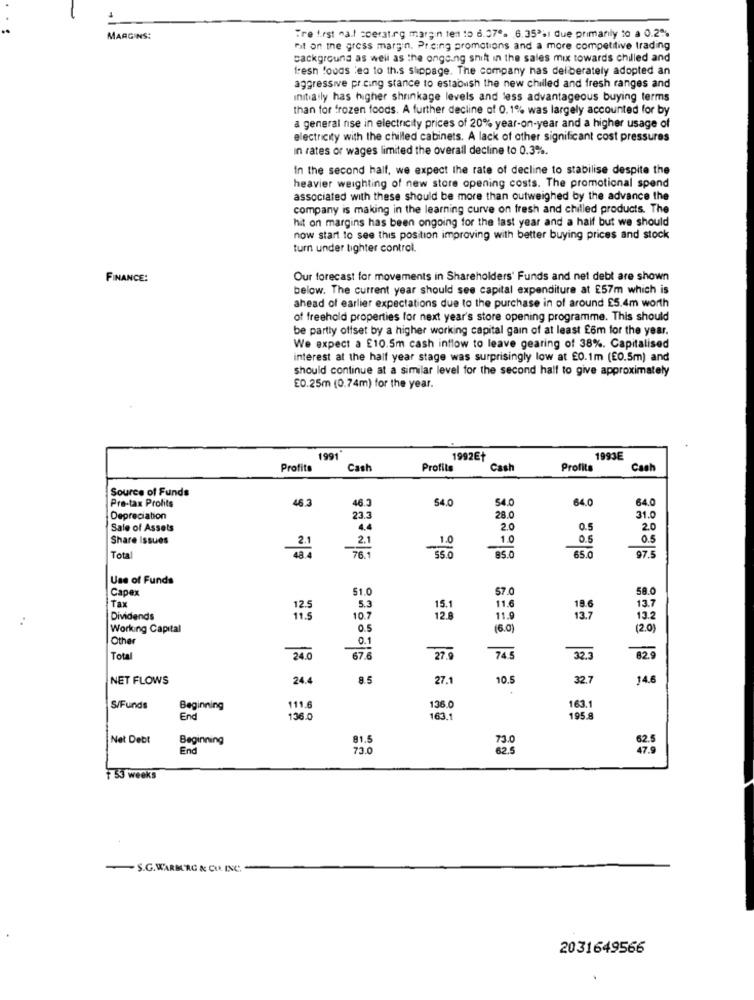
MARGINS:
Tre first nail coeraturg margin ten to 6.07". 6.35%i due primarily to a 0.2%
mit on the gross margin, Pricing promotions and a more competitive trading
Background as well as the ongoing shift in the sales mix towards chilled and
fresh foods leo to th.s slippage. The company has deliberately adopted an
aggressive pr.cing stance to establish the new chilled and fresh ranges and
initially has higher shrinkage levels and less advantageous buying terms
than for frozen foods. A further decline of 0.1% was largely accounted for by
a general rise in electricity prices of 20% year-on-year and a higher usage of
electricity with the chilled cabinets. A lack of other significant cost pressures
in rates or wages limited the overall decline to 0.3%.
In the second half, we expect the rate of decline to stabilise despite the
heavier weighting of new store opening costs. The promotional spend
associated with these should be more than outweighed by the advance the
company is making in the learning curve on fresh and chilled products. The
hit on margins has been ongoing for the last year and a half but we should
now start to see this position improving with better buying prices and stock
turn under tighter control.
FINANCE:
Our forecast for movements in Shareholders' Funds and net debt are shown
below. The current year should see capital expenditure at £57m which is
ahead of earlier expectations due to the purchase in of around £5.4m worth
of freehold properties for next year's store opening programme. This should
be partly offset by a higher working capital gain of at least £6m for the year.
We expect a £10.5m cash inflow to leave gearing of 38%. Capitalised
interest at the half year stage was surprisingly low at £0.1m (E0.5m) and
should continue at a similar level for the second half to give approximately
£0.25m (0.74m) for the year.
1991
1992E+
1993E
Profits
Cash
Profits
Cash
Profits
Cash
Source of Funds
16.3
46.3
54.0
54.0
64.0
64.0
Pre-tax Profits
Depreciation
23.3
28.0
31.0
Sale of Assets
4.4
2.0
0.5
2.0
Share Issues
2.1
2.1
1.0
0.5
05
48
761
1.0
Tota
$5.0
85.0
65.0
97.5
Use of Funds
Capex
51.0
57.0
58.0
Tax
12.5
5.3
15.
11.6
13.7
Dividends
11.5
10.7
12.8
11.9
13.7
13.2
Working Capital
0.5
(6.0)
(2.0)
Other
0.1
Tota
24.0
67.6
27.9
74.5
32 .-
82.9
NET FLOWS
24.4
8.5
27.1
10.5
32.7
14.6
S/Funds
Beginning
111.6
136.0
163.
End
136.0
163.
195.9
Net Debt
Beginning
81.5
62.5
End
73.0
73.0
1 53 weeks
-S.G.WARM'RG & CUL INC.
2031649566